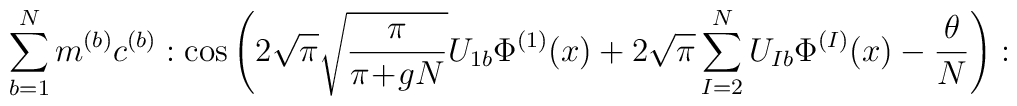
\sum_{b=1}^N m^{(b)} c^{(b)}: \cos \left(2 \sqrt{\pi} \sqrt{\frac{\pi}{\pi\!+\!gN}} U_{1 b} \Phi^{(1)}(x)+ 2\sqrt{\pi} \sum_{I=2}^N U_{I b} \Phi^{(I)}(x) - \frac{\theta}{N} \right) :